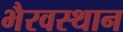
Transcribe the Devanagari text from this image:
भैरवस्थान